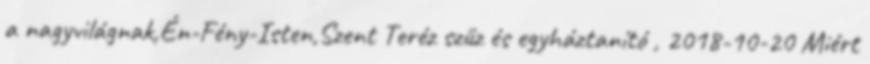
a nagyvilágnak,Én-Fény-Isten,Szent Teréz szűz és egyháztanító , 2018-10-20 Miért